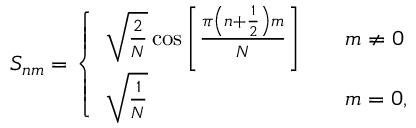
S _ { n m } = \left\{ \begin{array} { l l } { \sqrt { \frac { 2 } { N } } \cos \left[ \frac { \pi \left( n + \frac { 1 } { 2 } \right) m } { N } \right] \quad } & { m \neq 0 } \\ { \sqrt { \frac { 1 } { N } } \quad } & { m = 0 , } \end{array} \right.